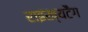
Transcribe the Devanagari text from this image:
राइख्यटैग